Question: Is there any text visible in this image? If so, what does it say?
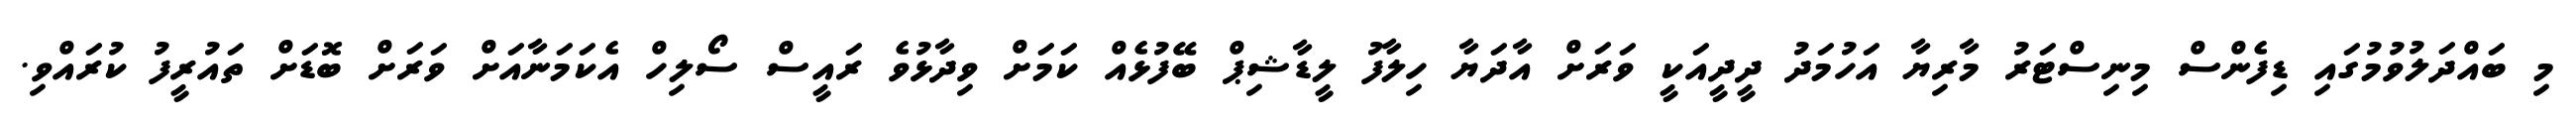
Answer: މި ބައްދަލުވުމުގައި ޑިފެންސް މިނިސްޓަރު މާރިޔާ އަހުމަދު ދީދީއަކީ ވަރަށް އާދަޔާ ހިލާފު ލީޑާޝިޕް ބޭފުޅެއް ކަމަށް ވިދާޅުވެ ރައީސް ސޯލިހް އެކަމަނާއަށް ވަރަށް ބޮޑަށް ތައުރީފު ކުރައްވި.